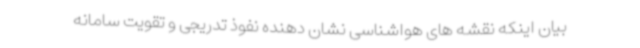
بیان اینکه نقشه های هواشناسی نشان دهنده نفوذ تدریجی و تقویت سامانه